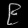
Digit: ၉